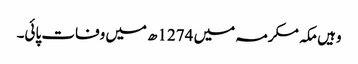
وہیں مکہ مکرمہ میں 1274ھ میں وفات پائی۔